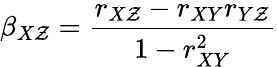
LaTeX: \beta_{X\mathcal{Z}}=\frac{{r_{X\mathcal{Z}}-r_{XY}r_{Y\mathcal{Z}}}}{{1-r_{XY}^{2}}}